Newspaper: Clarksville weekly chronicle.
Place of publication: Clarksville, Tenn.
Publisher: Neblett, Grant & Co.
Date: 1875-07-17 00:00:00
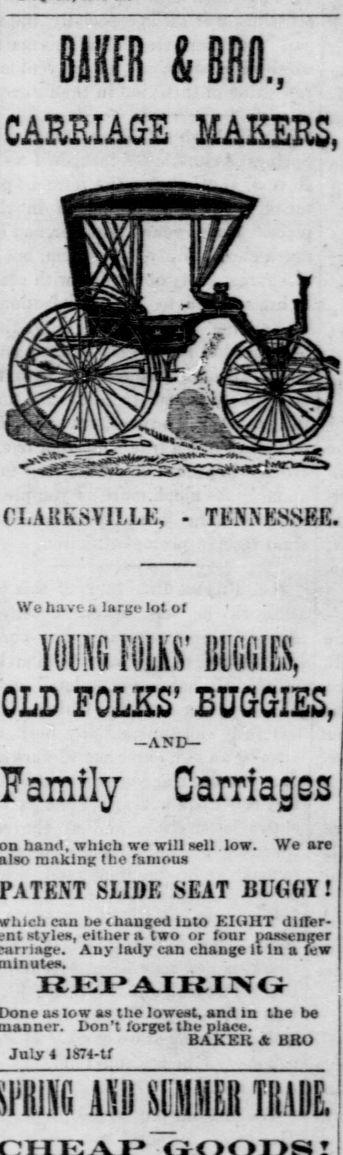
Advertisement text (OCR):
CARRIAGE MAKERS, CLARKSVILLE, - TENNESSEE. We have a large lot of Mil FOLKS BIGGIES, OLD FOLKS' BUGGIES, AND Family . Carriages on hand, which we will sell low. We are also making the famous PATENT SLIDE SEAT BUGGY! can be (hanged Into FIGHT differ styles, either a two or four passenger Any lady can change it in a few REPAIRING as low as the lowest, and in the be lon't forget the place. BAKER A BRO July lS74-tf AID SIMMER IBM
Label: illustrations